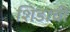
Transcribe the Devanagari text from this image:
शिडाची